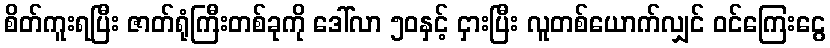
စိတ်ကူးရပြီး ဇာတ်ရုံကြီးတစ်ခုကို ဒေါ်လာ ၅၀နှင့် ငှားပြီး လူတစ်ယောက်လျှင် ဝင်ကြေးငွေ